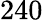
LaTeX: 240